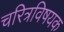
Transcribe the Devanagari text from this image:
चरित्रविषयक